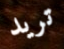
تريد